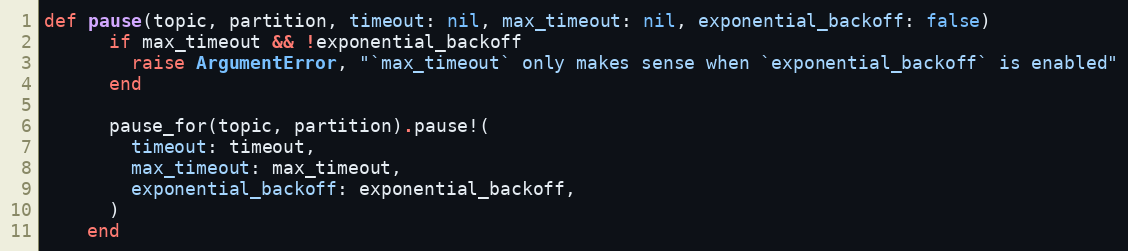
Language: Ruby
def pause(topic, partition, timeout: nil, max_timeout: nil, exponential_backoff: false)
      if max_timeout && !exponential_backoff
        raise ArgumentError, "`max_timeout` only makes sense when `exponential_backoff` is enabled"
      end

      pause_for(topic, partition).pause!(
        timeout: timeout,
        max_timeout: max_timeout,
        exponential_backoff: exponential_backoff,
      )
    end